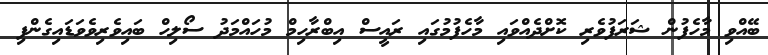
ބޭއްވި މާހެފުން ޝަރަފުވެރި ކޮށްދެއްވައި މާހެފުމުގައި ރައީސް އިބްރާހިމް މުހައްމަދު ސޯލިހް ބައިވެރިވެވަޑައިގެންފި